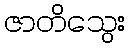
ဇာတိသွေး